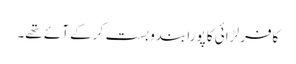
کافر لڑائی کا پورا بندو بست کرکے آئے تھے۔